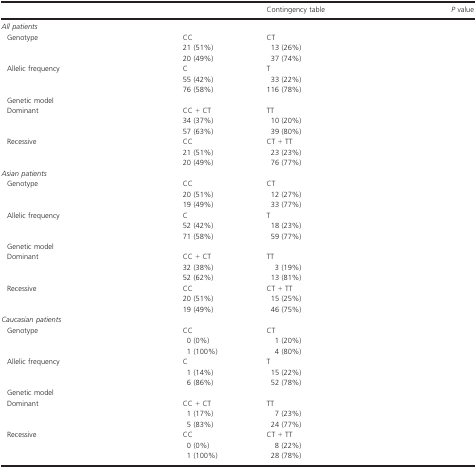
<table><thead><tr><td>[EMPTY_CELL]</td><td>[EMPTY_CELL]</td><td>[EMPTY_CELL]</td><td><b>Contingency table</b></td><td>[EMPTY_CELL]</td><td><b><i>P</i> value</b></td></tr></thead><tbody><tr><td colspan="6"><i>All patients</i></td></tr><tr><td> Genotype</td><td>[EMPTY_CELL]</td><td>CC</td><td>CT</td><td>[EMPTY_CELL]</td><td>[EMPTY_CELL]</td></tr><tr><td>[EMPTY_CELL]</td><td>[EMPTY_CELL]</td><td>21 (51%)</td><td>13 (26%)</td><td>[EMPTY_CELL]</td><td>[EMPTY_CELL]</td></tr><tr><td>[EMPTY_CELL]</td><td>[EMPTY_CELL]</td><td>20 (49%)</td><td>37 (74%)</td><td>[EMPTY_CELL]</td><td>[EMPTY_CELL]</td></tr><tr><td> Allelic frequency</td><td>[EMPTY_CELL]</td><td>C</td><td>T</td><td>[EMPTY_CELL]</td><td>[EMPTY_CELL]</td></tr><tr><td>[EMPTY_CELL]</td><td>[EMPTY_CELL]</td><td>55 (42%)</td><td>33 (22%)</td><td>[EMPTY_CELL]</td><td>[EMPTY_CELL]</td></tr><tr><td>[EMPTY_CELL]</td><td>[EMPTY_CELL]</td><td>76 (58%)</td><td>116 (78%)</td><td>[EMPTY_CELL]</td><td>[EMPTY_CELL]</td></tr><tr><td colspan="6"> Genetic model</td></tr><tr><td> Dominant</td><td>[EMPTY_CELL]</td><td>CC + CT</td><td>TT</td><td>[EMPTY_CELL]</td><td>[EMPTY_CELL]</td></tr><tr><td>[EMPTY_CELL]</td><td>[EMPTY_CELL]</td><td>34 (37%)</td><td>10 (20%)</td><td>[EMPTY_CELL]</td><td>[EMPTY_CELL]</td></tr><tr><td>[EMPTY_CELL]</td><td>[EMPTY_CELL]</td><td>57 (63%)</td><td>39 (80%)</td><td>[EMPTY_CELL]</td><td>[EMPTY_CELL]</td></tr><tr><td> Recessive</td><td>[EMPTY_CELL]</td><td>CC</td><td>CT + TT</td><td>[EMPTY_CELL]</td><td>[EMPTY_CELL]</td></tr><tr><td>[EMPTY_CELL]</td><td>[EMPTY_CELL]</td><td>21 (51%)</td><td>23 (23%)</td><td>[EMPTY_CELL]</td><td>[EMPTY_CELL]</td></tr><tr><td>[EMPTY_CELL]</td><td>[EMPTY_CELL]</td><td>20 (49%)</td><td>76 (77%)</td><td>[EMPTY_CELL]</td><td>[EMPTY_CELL]</td></tr><tr><td colspan="6"><i>Asian patients</i></td></tr><tr><td> Genotype</td><td>[EMPTY_CELL]</td><td>CC</td><td>CT</td><td>[EMPTY_CELL]</td><td>[EMPTY_CELL]</td></tr><tr><td>[EMPTY_CELL]</td><td>[EMPTY_CELL]</td><td>20 (51%)</td><td>12 (27%)</td><td>[EMPTY_CELL]</td><td>[EMPTY_CELL]</td></tr><tr><td>[EMPTY_CELL]</td><td>[EMPTY_CELL]</td><td>19 (49%)</td><td>33 (77%)</td><td>[EMPTY_CELL]</td><td>[EMPTY_CELL]</td></tr><tr><td> Allelic frequency</td><td>[EMPTY_CELL]</td><td>C</td><td>T</td><td>[EMPTY_CELL]</td><td>[EMPTY_CELL]</td></tr><tr><td>[EMPTY_CELL]</td><td>[EMPTY_CELL]</td><td>52 (42%)</td><td>18 (23%)</td><td>[EMPTY_CELL]</td><td>[EMPTY_CELL]</td></tr><tr><td>[EMPTY_CELL]</td><td>[EMPTY_CELL]</td><td>71 (58%)</td><td>59 (77%)</td><td>[EMPTY_CELL]</td><td>[EMPTY_CELL]</td></tr><tr><td colspan="6"> Genetic model</td></tr><tr><td> Dominant</td><td>[EMPTY_CELL]</td><td>CC + CT</td><td>TT</td><td>[EMPTY_CELL]</td><td>[EMPTY_CELL]</td></tr><tr><td>[EMPTY_CELL]</td><td>[EMPTY_CELL]</td><td>32 (38%)</td><td>3 (19%)</td><td>[EMPTY_CELL]</td><td>[EMPTY_CELL]</td></tr><tr><td>[EMPTY_CELL]</td><td>[EMPTY_CELL]</td><td>52 (62%)</td><td>13 (81%)</td><td>[EMPTY_CELL]</td><td>[EMPTY_CELL]</td></tr><tr><td> Recessive</td><td>[EMPTY_CELL]</td><td>CC</td><td>CT + TT</td><td>[EMPTY_CELL]</td><td>[EMPTY_CELL]</td></tr><tr><td>[EMPTY_CELL]</td><td>[EMPTY_CELL]</td><td>20 (51%)</td><td>15 (25%)</td><td>[EMPTY_CELL]</td><td>[EMPTY_CELL]</td></tr><tr><td>[EMPTY_CELL]</td><td>[EMPTY_CELL]</td><td>19 (49%)</td><td>46 (75%)</td><td>[EMPTY_CELL]</td><td>[EMPTY_CELL]</td></tr><tr><td colspan="6"><i>Caucasian patients</i></td></tr><tr><td> Genotype</td><td>[EMPTY_CELL]</td><td>CC</td><td>CT</td><td>[EMPTY_CELL]</td><td>[EMPTY_CELL]</td></tr><tr><td>[EMPTY_CELL]</td><td>[EMPTY_CELL]</td><td>0 (0%)</td><td>1 (20%)</td><td>[EMPTY_CELL]</td><td>[EMPTY_CELL]</td></tr><tr><td>[EMPTY_CELL]</td><td>[EMPTY_CELL]</td><td>1 (100%)</td><td>4 (80%)</td><td>[EMPTY_CELL]</td><td>[EMPTY_CELL]</td></tr><tr><td> Allelic frequency</td><td>[EMPTY_CELL]</td><td>C</td><td>T</td><td>[EMPTY_CELL]</td><td>[EMPTY_CELL]</td></tr><tr><td>[EMPTY_CELL]</td><td>[EMPTY_CELL]</td><td>1 (14%)</td><td>15 (22%)</td><td>[EMPTY_CELL]</td><td>[EMPTY_CELL]</td></tr><tr><td>[EMPTY_CELL]</td><td>[EMPTY_CELL]</td><td>6 (86%)</td><td>52 (78%)</td><td>[EMPTY_CELL]</td><td>[EMPTY_CELL]</td></tr><tr><td colspan="6"> Genetic model</td></tr><tr><td> Dominant</td><td>[EMPTY_CELL]</td><td>CC + CT</td><td>TT</td><td>[EMPTY_CELL]</td><td>[EMPTY_CELL]</td></tr><tr><td>[EMPTY_CELL]</td><td>[EMPTY_CELL]</td><td>1 (17%)</td><td>7 (23%)</td><td>[EMPTY_CELL]</td><td>[EMPTY_CELL]</td></tr><tr><td>[EMPTY_CELL]</td><td>[EMPTY_CELL]</td><td>5 (83%)</td><td>24 (77%)</td><td>[EMPTY_CELL]</td><td>[EMPTY_CELL]</td></tr><tr><td> Recessive</td><td>[EMPTY_CELL]</td><td>CC</td><td>CT + TT</td><td>[EMPTY_CELL]</td><td>[EMPTY_CELL]</td></tr><tr><td>[EMPTY_CELL]</td><td>[EMPTY_CELL]</td><td>0 (0%)</td><td>8 (22%)</td><td>[EMPTY_CELL]</td><td>[EMPTY_CELL]</td></tr><tr><td>[EMPTY_CELL]</td><td>[EMPTY_CELL]</td><td>1 (100%)</td><td>28 (78%)</td><td>[EMPTY_CELL]</td><td>[EMPTY_CELL]</td></tr></tbody></table>